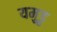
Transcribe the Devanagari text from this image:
यमुडु